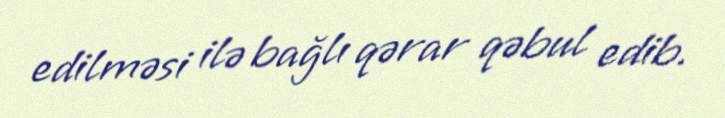
edilməsi ilə bağlı qərar qəbul edib.